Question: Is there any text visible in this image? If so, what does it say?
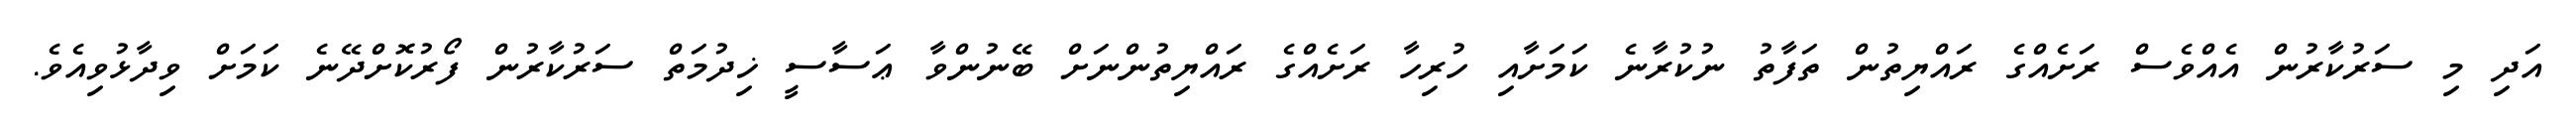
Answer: އަދި މި ސަރުކާރުން އެއްވެސް ރަށެއްގެ ރައްޔިތުން ތަފާތު ނުކުރާނެ ކަމަށާއި ހުރިހާ ރަށެއްގެ ރައްޔިތުންނަށް ބޭނުންވާ ޢަސާސީ ޚިދުމަތް ސަރުކާރުން ފޯރުކޮށްދޭނެ ކަމަށް ވިދާޅުވިއެވެ.